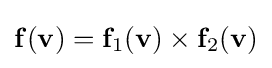
\mathbf {f} (\mathbf {v} )=\mathbf {f} _{1}(\mathbf {v} )\times \mathbf {f} _{2}(\mathbf {v} )